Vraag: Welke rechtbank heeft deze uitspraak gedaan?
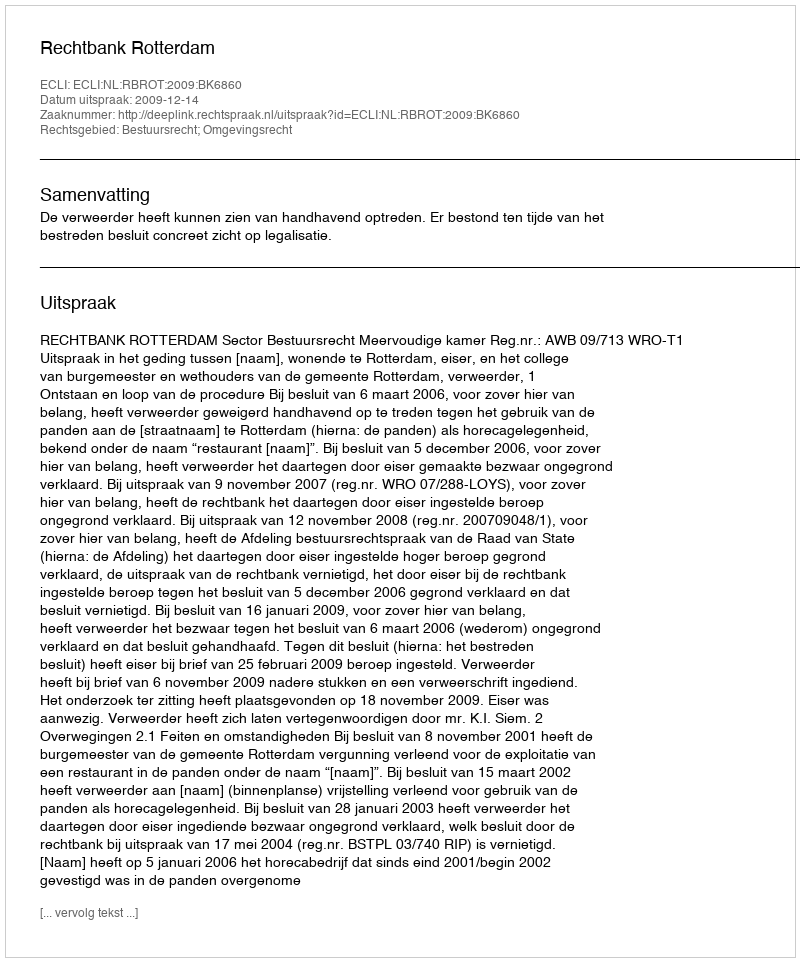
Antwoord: Rechtbank Rotterdam